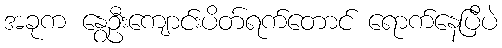
အခုက နွေဦးကျောင်းပိတ်ရက်တောင် ရောက်နေပြီပဲ